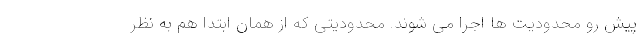
پیش رو محدودیت ها اجرا می شوند. محدودیتی که از همان ابتدا هم به نظر